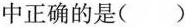
中正确的是（）